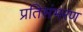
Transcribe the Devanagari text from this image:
प्रतिसंभरण